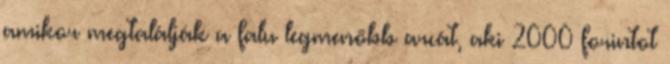
amikor megtalálják a falu legmenőbb arcát, aki 2000 forintot